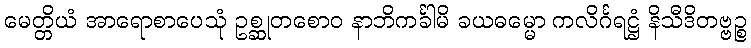
မေတ္တိယံ အာရောစာပေသုံ ဥစ္ဆုတစောဝ နာဘိကင်္ခါမိ ခယဓမ္မော ကလိင်္ဂရဋ္ဌံ နိသီဒိတဗ္ဗဉ္စ